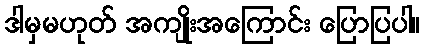
ဒါမှမဟုတ် အကျိုးအကြောင်း ပြောပြပါ။